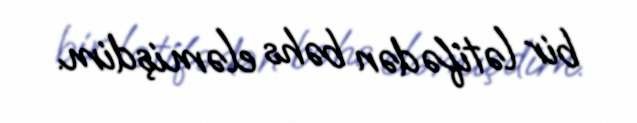
bir lətifədən bəhs eləmişdim.